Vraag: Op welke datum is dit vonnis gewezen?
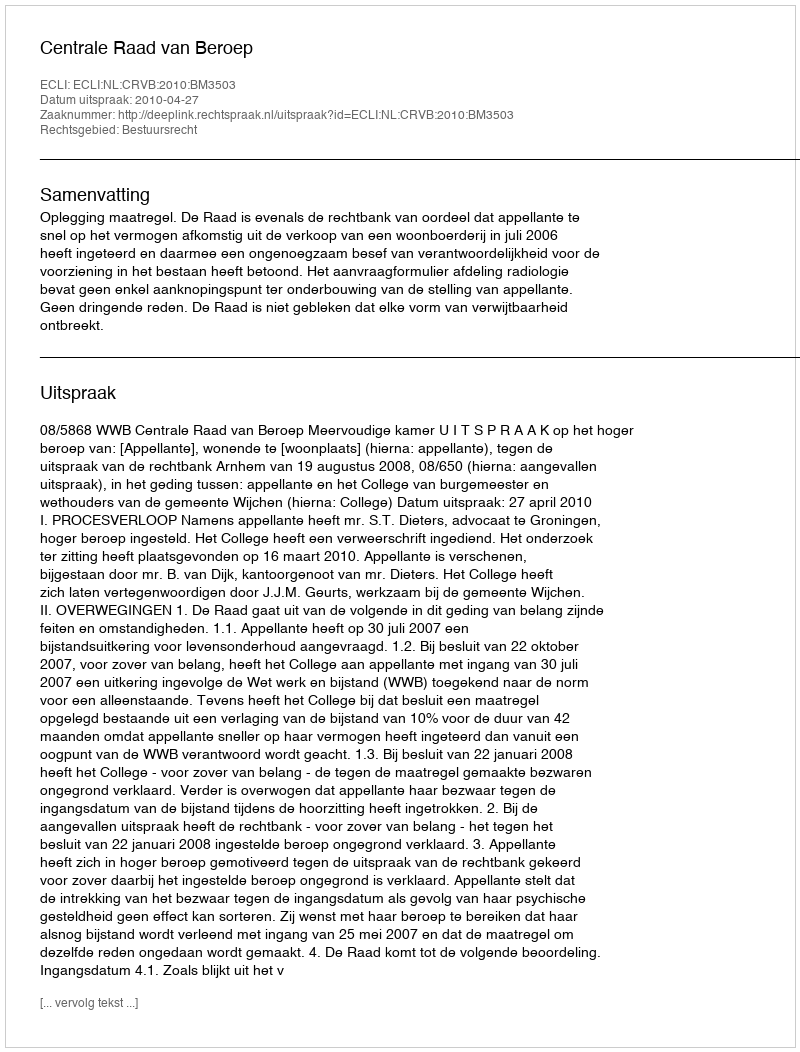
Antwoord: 2010-04-27